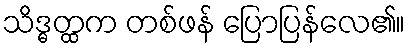
သိဒ္ဓတ္ထက တစ်ဖန် ပြောပြန်လေ၏။